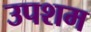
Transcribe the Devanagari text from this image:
उपशम